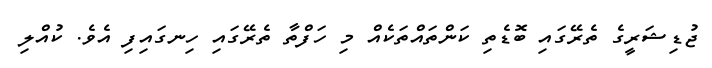
ޖުޑިޝަރީގެ ތެރޭގައި ބޮޑެތި ކަންތައްތަކެއް މި ހަފްތާ ތެރޭގައި ހިނގައިފި އެވެ. ކުއްލި